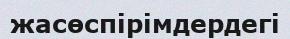
жасөспірімдердегі